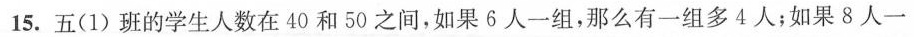
15. 五(1)班的学生人数在40和50之间，如果6人一组，那么有一组多4人；如果8人一